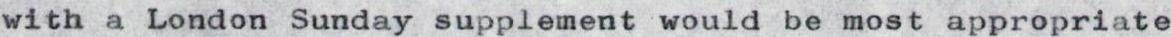
with a London Sunday supplement would be most appropriate